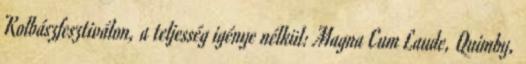
Kolbászfesztiválon, a teljesség igénye nélkül: Magna Cum Laude, Quimby,